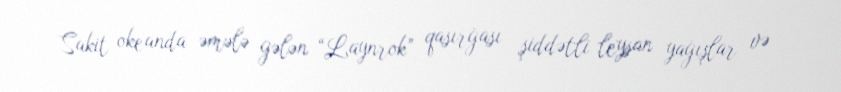
Sakit okeanda əmələ gələn “Laynrok” qasırğası şiddətli leysan yağışlar və